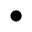
\bullet